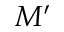
M ^ { \prime }